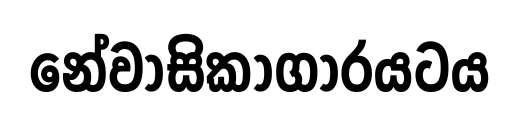
නේවාසිකාගාරයටය